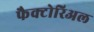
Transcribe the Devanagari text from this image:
फैक्टोरिअल